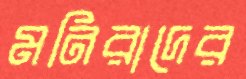
মনিরাদের